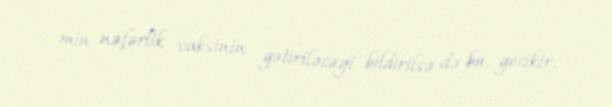
min nəfərlik vaksinin gətiriləcəyi bildirilsə də bu, gecikir.